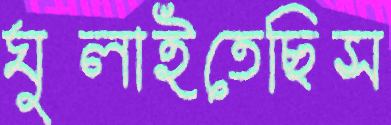
ঘুলাইতেছিস